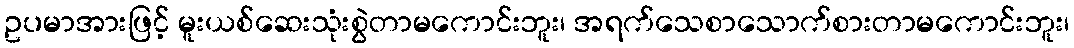
ဥပမာအားဖြင့် မူးယစ်ဆေးသုံးစွဲတာမကောင်းဘူး၊ အရက်သေစာသောက်စားတာမကောင်းဘူး၊